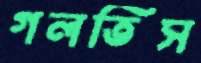
গলতিস